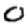
Digit: 0